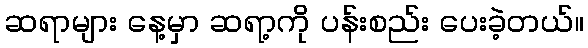
ဆရာများ နေ့မှာ ဆရာ့ကို ပန်းစည်း ပေးခဲ့တယ်။